Indian journal of veterinary science and animal husbandry - Volume 7,
Year: 1937
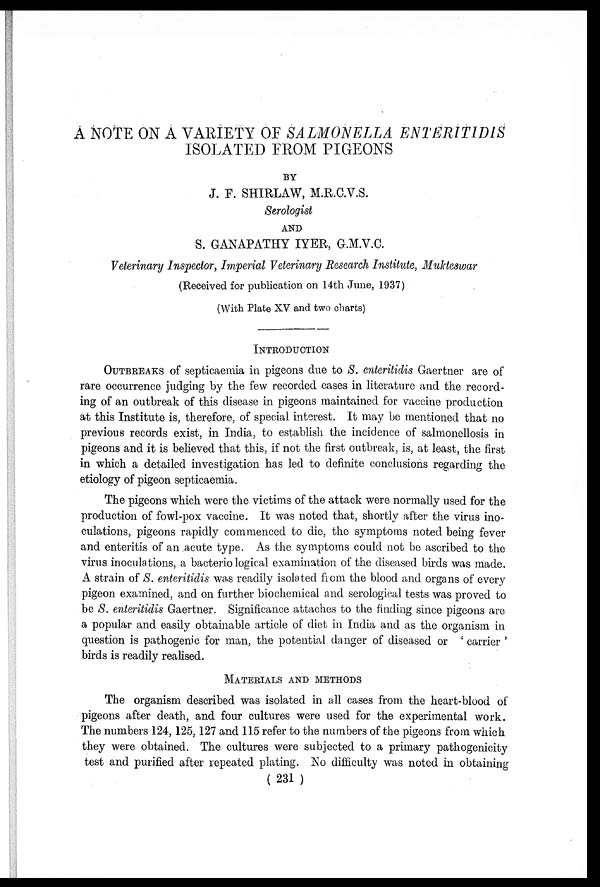
A NOTE ON A VARIETY OF SALMONELLA ENTERITIDIS
ISOLATED FROM PIGEONS
BY
J. F. SHIRLAW, M.R.C.V.S.
Serologist
AND
S. GANAPATHY IYER, G.M.V.C.
Veterinary Inspector, Imperial Veterinary Research Institute, Mukteswar
(Received for publication on 14th June, 1937)
(With Plate XV and two charts)
INTRODUCTION
OUTBREAKS of septicaemia in pigeons due to S. enteritidis Gaertner are of
rare occurrence judging by the few recorded cases in literature and the record-
ing of an outbreak of this disease in pigeons maintained for vaccine production
at this Institute is, therefore, of special interest. It may be mentioned that no
previous records exist, in India, to establish the incidence of salmonellosis in
pigeons and it is believed that this, if not the first outbreak, is, at least, the first
in which a detailed investigation has led to definite conclusions regarding the
etiology of pigeon septicaemia.
The pigeons which were the victims of the attack were normally used for the
production of fowl-pox vaccine. It was noted that, shortly after the virus ino-
culations, pigeons rapidly commenced to die, the symptoms noted being fever
and enteritis of an acute type. As the symptoms could not be ascribed to the
virus inoculations, a bacterio logical examination of the diseased birds was made.
A strain of S. enteritidis was readily isolated from the blood and organs of every
pigeon examined, and on further biochemical and serological tests was proved to
be S. enteritidis Gaertner. Significance attaches to the finding since pigeons are
a popular and easily obtainable article of diet in India and as the organism in
question is pathogenic for man, the potential danger of diseased or ' carrier '
birds is readily realised.
MATERIALS AND METHODS
The organism described was isolated in all cases from the heart-blood of
pigeons after death, and four cultures were used for the experimental work.
The numbers 124, 125, 127 and 115 refer to the numbers of the pigeons from which
they were obtained. The cultures were subjected to a primary pathogenicity
test and purified after repeated plating. No difficulty was noted in obtaining
( 231 )